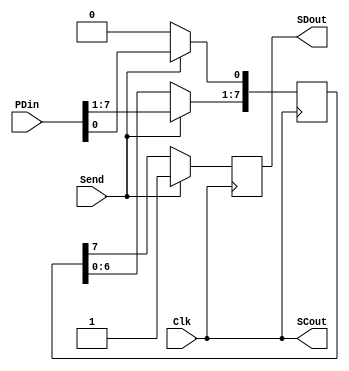
module Serial_Transmitter(Clk, Send, PDin,SCout,SDout);
	
	input Clk, Send;
	input [7:0] PDin;
	
	output SCout,SDout;
	
	reg [7:0] temp;
	reg out;
	
	always @ (posedge Clk)
	begin
		if(Send==1'b1)
		begin
			temp<=PDin;
			out<=1'b1;
		end
		else
		begin
			out<=temp[7];
			temp[7:1]<=temp[6:0];
			temp[0]<=1'b0;
		end
	
	end
	
	assign SDout=out;
	assign SCout=Clk;
	
endmodule